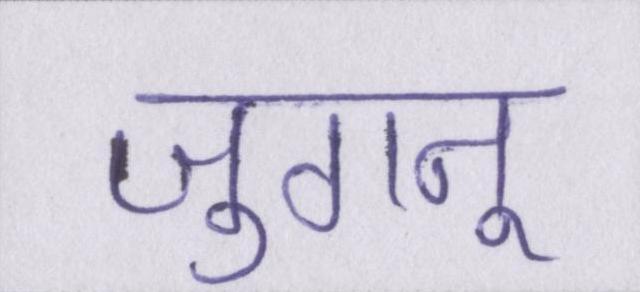
जुगनू